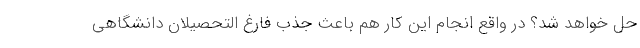
حل خواهد شد؟ در واقع انجام این کار هم باعث جذب فارغ التحصیلان دانشگاهی